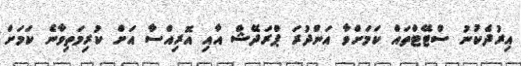
އިރުދެކުނު ސްޓޭޓްތައް ކަމަށްވާ އަންދުރަ ޕްރަދޭޝް އާއި އޮރިއްސާ އަށް ކުރިމަތިވާނެ ކަމަށް